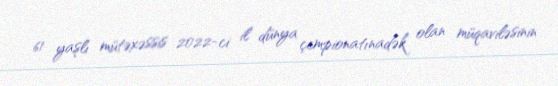
61 yaşlı mütəxəssis 2022-ci il dünya çempionatınadək olan müqaviləsinin